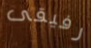
رفيقى